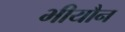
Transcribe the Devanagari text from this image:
भीयौन